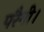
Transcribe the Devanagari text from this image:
परैगी।